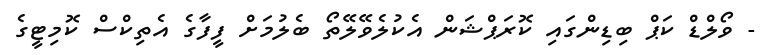
- ވޯލްޑް ކަޕް ބިޑިންގައި ކޮރަޕްޝަން އެކުލެވޭލޭތޯ ބެލުމަށް ފީފާގެ އެތިކްސް ކޮމިޓީގެ